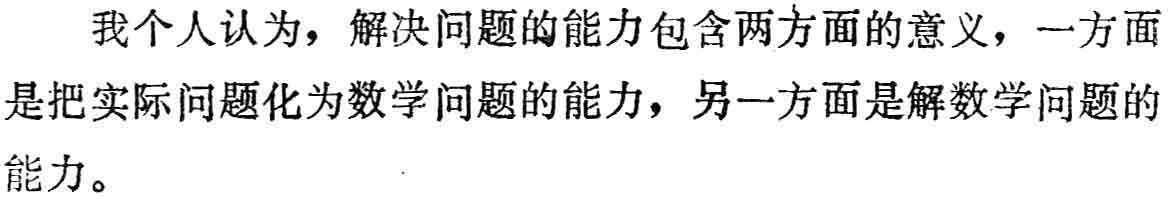
我个人认为，解决问题的能力包含两方面的意义，一方面是把实际问题化为数学问题的能力，另一方面是解数学问题的能力。